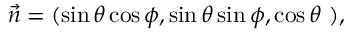
{ \vec { n } } = ( \sin \theta \cos \phi , \sin \theta \sin \phi , \cos \theta ~ ) ,